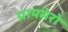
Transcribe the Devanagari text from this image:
प्रायमेरो